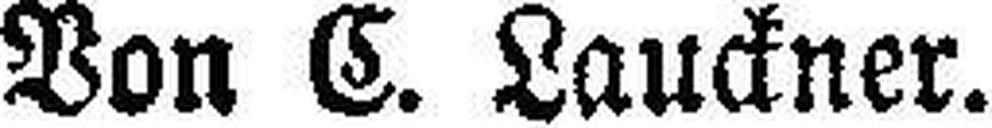
Von C. Lauckner.